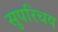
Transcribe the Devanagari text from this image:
सुपरिचय